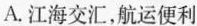
A.江海交汇，航运便利